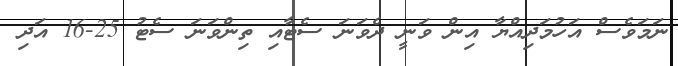
ނަމަވެސް އަހުމަދިއްޔާ އިން ވަނީ ދެވަނަ ސެޓާއި ތިންވަނަ ސެޓު 25-16 އަދި